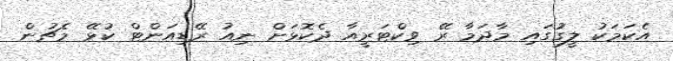
އެކަމަކު ލީގުގައި މާދަމާ ރޭ ވިކްޓަރީއާ ދެކޮޅަށް ނިއު ރޭޑިއަންޓް ކުޅޭ މެޗުން